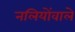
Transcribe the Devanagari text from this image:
नलियोंवाले